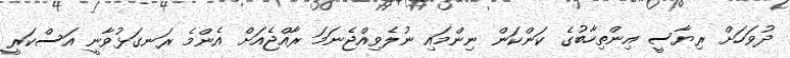
ދުވަހަށް ރިޔާސީ އިންތިހާބުގެ ކަންކަން ނިންމައި ނުލެވިއްޖެނަމަ ރާއްޖެއަށް އެންމެ ރަނގަޅުވާނީ އަސްކަރީ